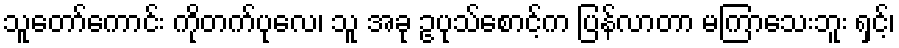
သူတော်ကောင်း ကိုတက်ပုလေ၊ သူ အခု ဥပုသ်စောင့်က ပြန်လာတာ မကြာသေးဘူး ရှင့်၊